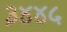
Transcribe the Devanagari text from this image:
३४४५